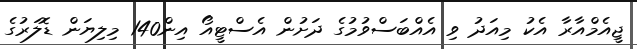
ޖީއެމްއާރާ އެކު މިއަދު ވި އެއްބަސްވުމުގެ ދަށުން އެސްޓީއޯ އިން140 މިލިޔަން ޑޮލަރުގެ